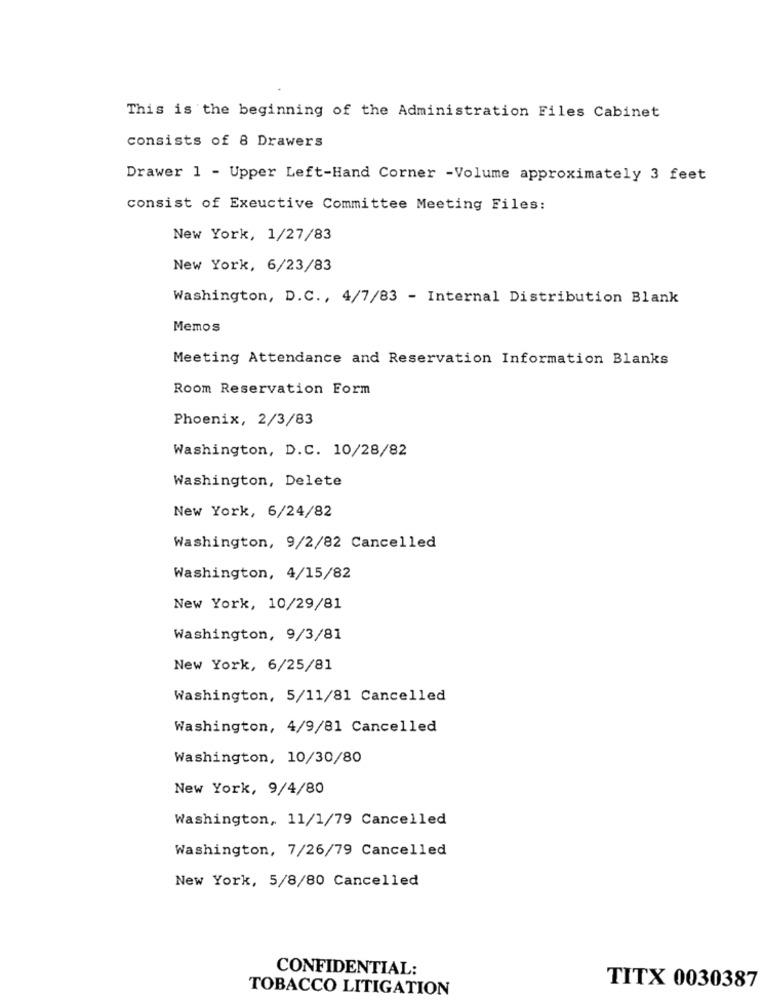
This is the beginning of the Administration Files Cabinet
consists of 8 Drawers
Drawer 1 - Upper Left-Hand Corner -Volume approximately 3 feet
consist of Exeuctive Committee Meeting Files:
New York, 1/27/83
New York, 6/23/83
Washington, D.C ., 4/7/83 - Internal Distribution Blank
Memos
Meeting Attendance and Reservation Information Blanks
Room Reservation Form
Phoenix, 2/3/83
Washington, D.C. 10/28/82
Washington, Delete
New York, 6/24/82
Washington, 9/2/82 Cancelled
Washington, 4/15/82
New York, 10/29/81
Washington, 9/3/81
New York, 6/25/81
Washington, 5/11/81 Cancelled
Washington, 4/9/81 Cancelled
Washington, 10/30/80
New York, 9/4/80
Washington, 11/1/79 Cancelled
Washington, 7/26/79 Cancelled
New York, 5/8/80 Cancelled
CONFIDENTIAL:
TOBACCO LITIGATION
TITX 0030387